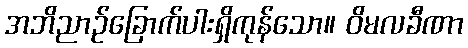
အဘိညာဉ်ခြောက်ပါးရှိကုန်သော။ ဝိမလခီဏာ